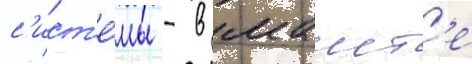
с'ист'е́мы - в маист'е